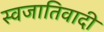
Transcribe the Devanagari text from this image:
स्वजातिवादी